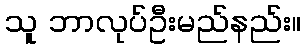
သူ ဘာလုပ်ဦးမည်နည်း။